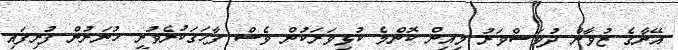
އޭނާގެ ޒުވާން ދުވަސްވަރު މިއިން ކޮންމެ ކުޅިވަރަކުން ވެސް ފާހަގަކުރެވުނީ ހުނަރުން ފުރިފައި